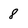
Character: 8